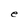
Character: e